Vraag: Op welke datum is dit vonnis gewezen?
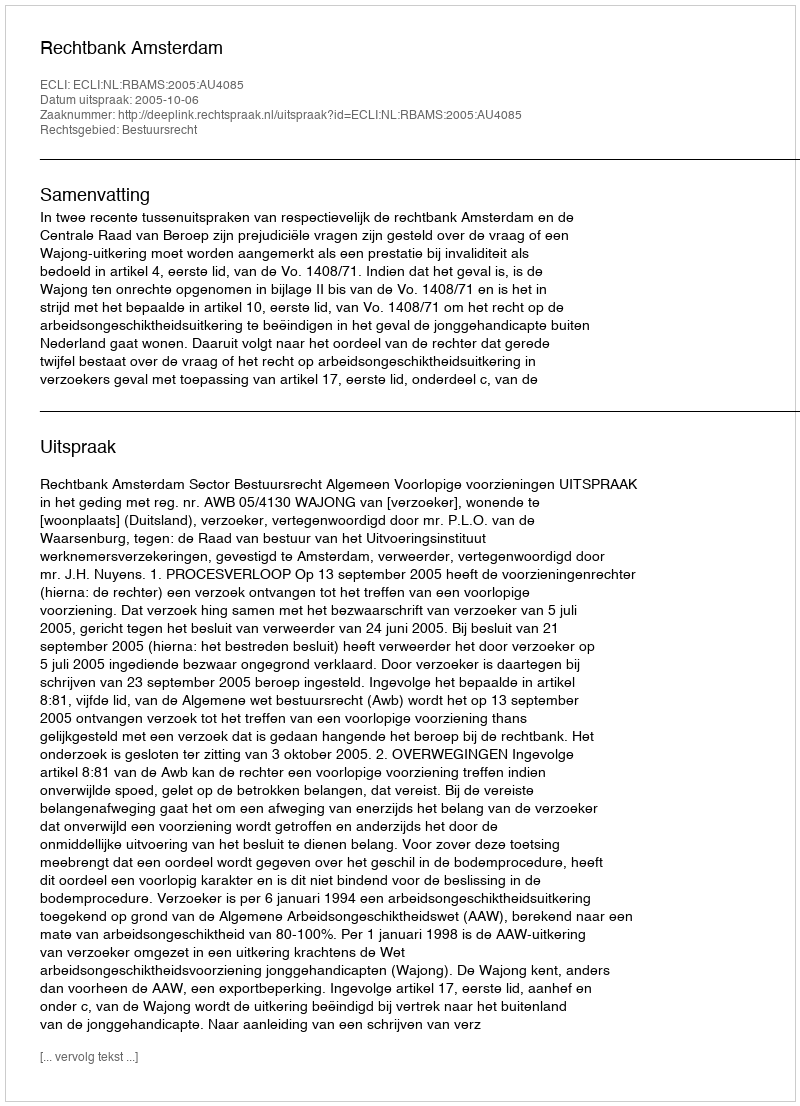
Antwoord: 2005-10-06